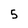
Character: 5